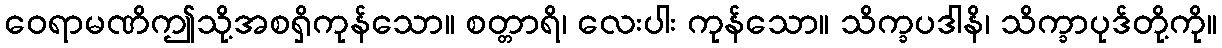
ဝေရာမဏိဤသို့အစရှိကုန်သော။ စတ္တာရိ၊ လေးပါး ကုန်သော။ သိက္ခပဒါနိ၊ သိက္ခာပုဒ်တို့ကို။